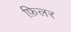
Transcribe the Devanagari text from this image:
फ़िलर